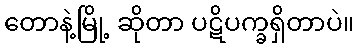
တောနဲ့မြို့ ဆိုတာ ပဋိပက္ခရှိတာပဲ။